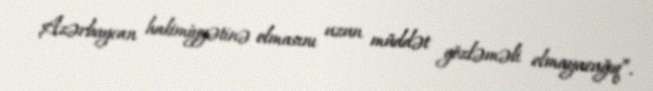
Azərbaycan hakimiyyətinə olmasını uzun müddət gözləməli olmayacağıq”.